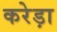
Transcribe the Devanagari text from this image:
करेड़ा